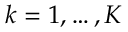
k = 1 , \dots , K